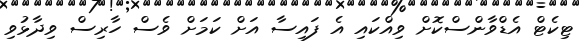
ޓިކެޓް އެޑްވާންސްކޮށް ވިއްކައި އެ ފައިސާ އަށް ކަމަށް ވެސް ހާރިސް ވިދާޅުވި